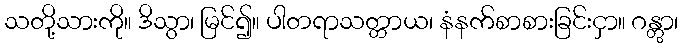
သတို့သားကို။ ဒိသွာ၊ မြင်၍။ ပါတရာသတ္တာယ၊ နံနက်စာစားခြင်းငှာ။ ဂန္တွာ၊